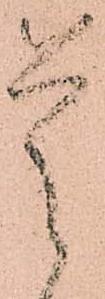
是